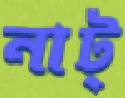
নাট্